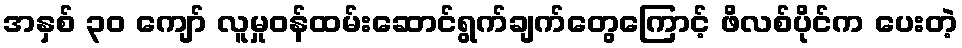
အနှစ် ၃၀ ကျော် လူမှုဝန်ထမ်းဆောင်ရွက်ချက်တွေကြောင့် ဖိလစ်ပိုင်က ပေးတဲ့